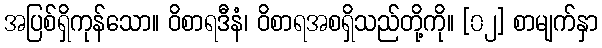
အပြစ်ရှိကုန်သော။ ဝိစာရဒီနံ၊ ဝိစာရအစရှိသည်တို့ကို။ [၀၂] စာမျက်နှာ